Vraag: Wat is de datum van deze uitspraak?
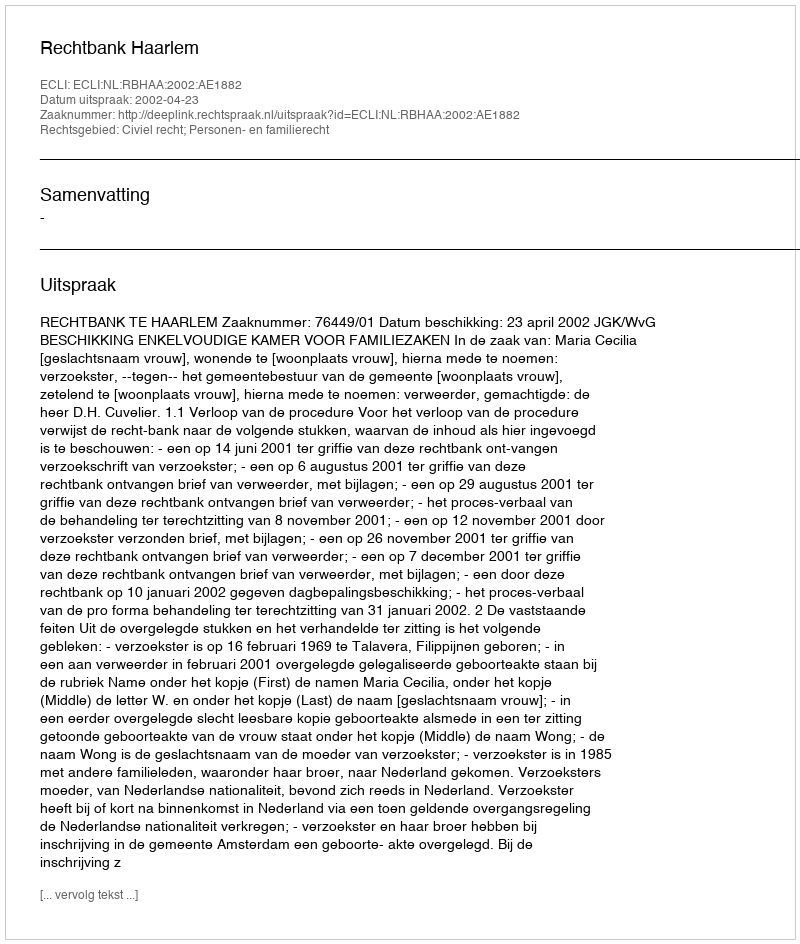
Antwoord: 2002-04-23